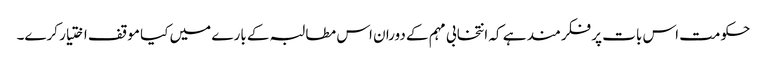
حکومت اس بات پر فکرمند ہے کہ انتخابی مہم کے دوران اس مطالبہ کے بارے میں کیا موقف اختیار کرے۔